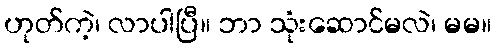
ဟုတ်ကဲ့၊ လာပါပြီ။ ဘာ သုံးဆောင်မလဲ၊ မမ။